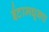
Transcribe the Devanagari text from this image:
ईटामधूनच